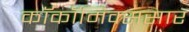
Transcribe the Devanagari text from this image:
काॅकॉमिक्ससार